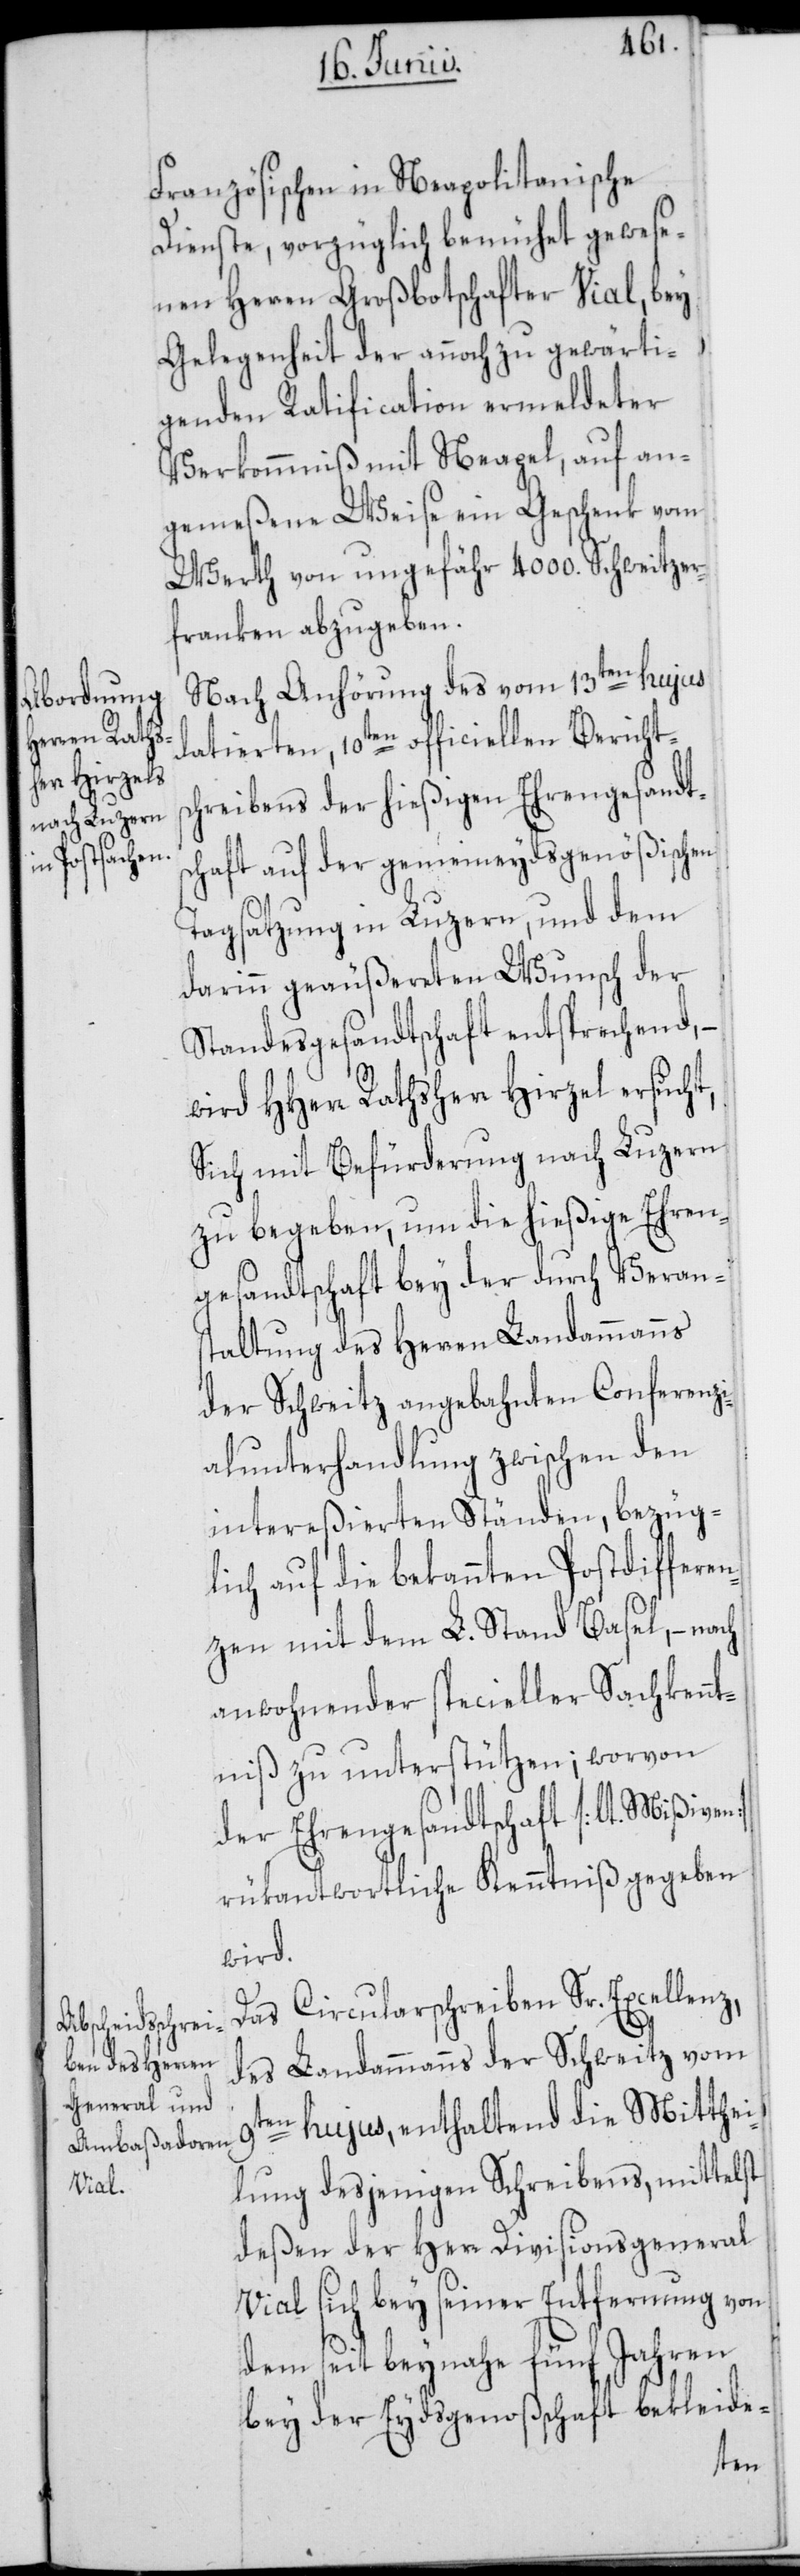
9t¬

Französischen in Neapolitanische
Dienste, vorzüglich bemühet gewese¬
nen Herren Großbotschafter Vial, bey
Gelegenheit der annoch zu gewärti¬
genden Ratification ermeldeter
Verkommnis mit Neapel, auf an¬
gemeßene Weise ein Geschenk vom
Werth von ungefähr 4000. Schweitzer¬
franken abzugeben.
Nach Anhörung des vom 13ten hujus
datierten, 10ten officiellen Berichts¬
chreibens der hießigen Ehrengesandts¬
chaft auf der gemeineydsgenößischen
Tagsatzung in Luzern, und dem
darinn geäußereten Wunsch der
Standesgesandtschaft entsprechend, –
wird HHerr Rathsherr Hirzel ersucht,
Sich mit Befürderung nach Luzern
zu begeben, um die hießige Ehren¬
gesandtschaft bey der durch Verans¬
taltung des Herren Landammanns
der Schweitz angebahnten Conferenzi¬
alunterhandlung zwischen den
intereßierten Ständen, bezüg¬
lich auf die bekannten Postdiffere¬
nzen mit dem L. Stand Basel, – nach
anwohnender specieller Sachkennt¬
niß zu unterstützen; worvon
der Ehrengesandtschaft [lt. Mißiven]
rükantwortliche Kenntniß gegeben
wird.
Das Circularschreiben Sr. Excellenz,
des Landammanns der Schweitz vom
en hujus, enthaltend die Mitthei¬
lung desjenigen Schreibens, mittelst
deßen der Herr Divisionsgeneral
Vial sich bey seiner Entfernung von
dem seit beynahe fünf Jahren
bey der Eydsgenoßenschaft bekleide-